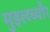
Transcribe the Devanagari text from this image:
मुइलब्यौर